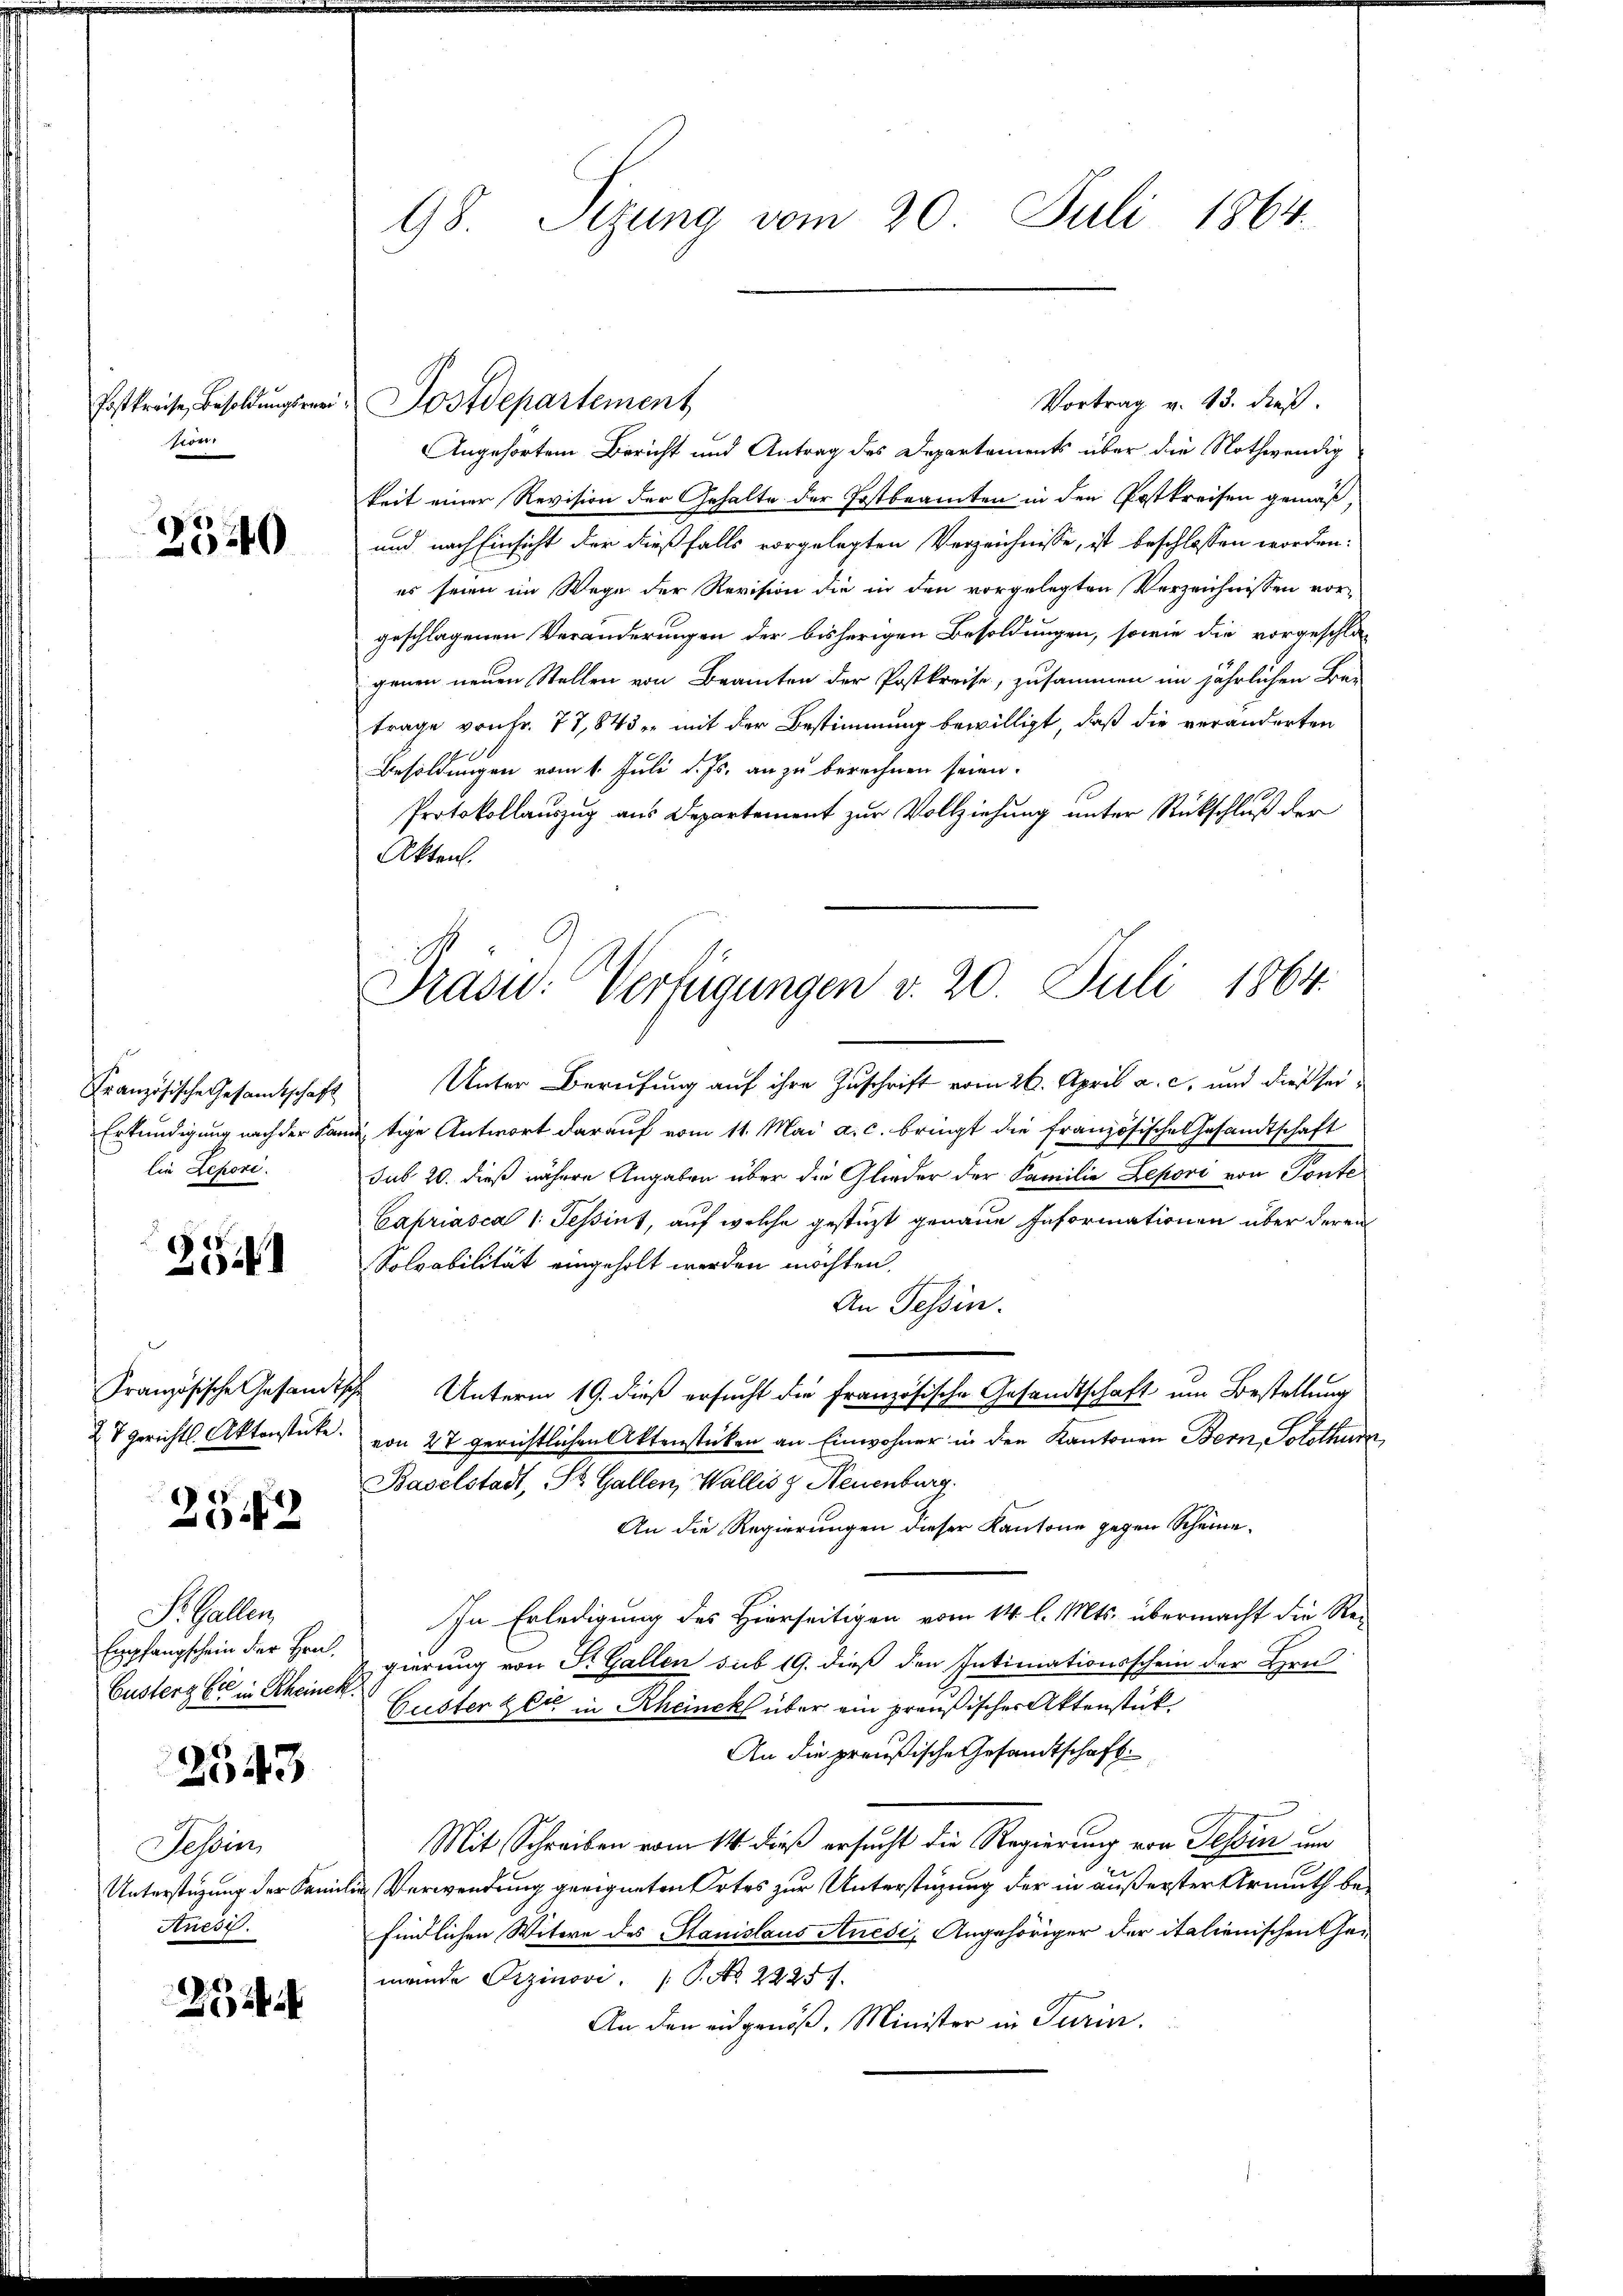
Postkreise, Besoldungsver
vor

2540

Französische Gesandtschaft
lie Lepori.

25.41

Französische Gesandtsche

23.12

Pr. Gallen
Custerg bei in Rheinek
2543
Tessin
Auesi.

2

98. Sizung vom 20. Juli 1864.

Angehörten Bericht und Antrag des Departements über die Nothwendig
keit einer Revision der Gehalte der Postbeamten in den Postkreisen gemäß,
und nach Einsicht der dießfalls vorgelegten Verzeichnisse, ist beschlossen worden:
es seien im Wege der Revision die in den vorgelegten Verzeichnissen vorgeschlagenen Veränderungen der bisherigen Besoldungen, sowie die vorgeschla-
genen neuen Stellen von Beamten der Postkreise, zusammen im jährlichen Be-
trage von Fr. 77,843 in mit der Bestimmung bewilligt, daß die veränderten
Besoldungen vom 1. Juli d. Js. an zu berechnen seien.
Protokollauszug aus Departement zur Vollziehung unter Rückschluß der
Akten.
Unter Bereitung auf ihre Zuschrift vom 26. April a. c. und dießsei¬
Erkundigung nach der Kantige Antwort darauf vom 11. Mai a. c. bringt die französische Gesandtschaft
sub 20. dieß nähere Angaben über die Glieder der Familie Lepori von Ponte
Capriasca 1. Tessint, auf welche gestüzt genaue Informationen über deren
Solvabilität eingeholt werden möchten.
An Tessin.
Unterm 19. dieß ersucht die Französische Gesandtschaft um Bestellung
27 gerichtl. Aktenstücke: von 27 gerichtlichen Aktenstücken an Einwohner in den Kantonen Bern, Solothura
Baselstadt, St. Gallen, Wallis & Neuenburg.
An die Regierungen dieser Kantone gegen Scheine¬
In Erledigung des Hierseitigen vom 14. l. Mts. übermacht die Re-
Empfangschein der Hrn. gierung von St. Gallen sub 19. dieß den Intimationsschein der Hrn
Guster Zeit in Rheinek über ein preußischer Aktenstück
An die preußische Gesandtschaft
Mit Schreiben vom 14 dieß ersucht die Regierung von Tessin um
Unterstüzung der Familie Verwendung geeigneten Ortes zur Unterstüzung der in äußerster Armuth befindlichen Witwe des Stanislaus Auesi, Angehöriger der italienischen Gemande Czinovi. P. Nr. 2225.
An den eingenöß. Minister in Turin.

Vortrag v. 23. dieß.
Dostdepartement

Drasi: Verfügungen v. 20. Juli 1864.